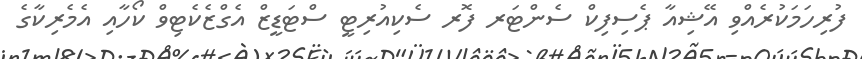
ފުރިހަމަކުރެއްވި އޭޝިއާ ޕެސިފިކް ސެންޓަރ ފޮރ ސެކިއުރިޓީ ސްޓަޑީޒް އެގްޒެކެޓިވް ކޯހާއި އެމެރިކާގެ